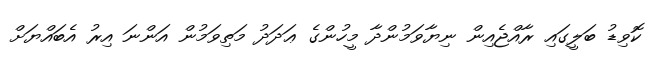
ކޮވިޑު ބަލީގައި ރާއްޖެއިން ނިޔާވަމުންދާ މީހުންގެ ޢަދަދު މަތިވަމުން އަންނަ އިރު އެބައްޔަށް